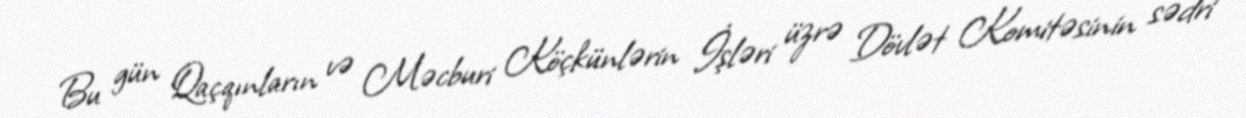
Bu gün Qaçqınların və Məcburi Köçkünlərin İşləri üzrə Dövlət Komitəsinin sədri